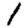
Digit: 1